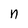
Character: n